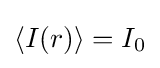
\left\langle I(r)\right\rangle =I_{0}